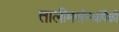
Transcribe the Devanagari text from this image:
तालीमसंस्थांपैकी